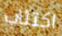
اكتئاب